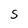
Character: S